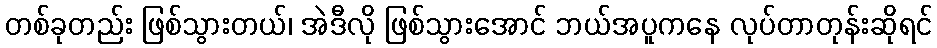
တစ်ခုတည်း ဖြစ်သွားတယ်၊ အဲဒီလို ဖြစ်သွားအောင် ဘယ်အပူကနေ လုပ်တာတုန်းဆိုရင်